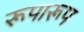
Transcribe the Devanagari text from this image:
रूपारूप